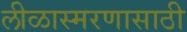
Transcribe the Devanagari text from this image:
लीळास्मरणासाठी